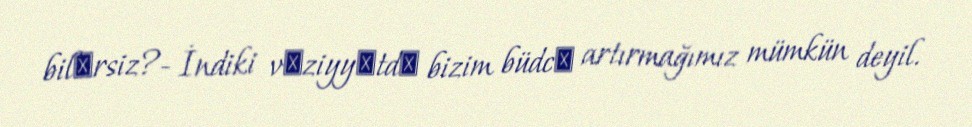
bilәrsiz?- İndiki vәziyyәtdә bizim büdcә artırmağımız mümkün deyil.